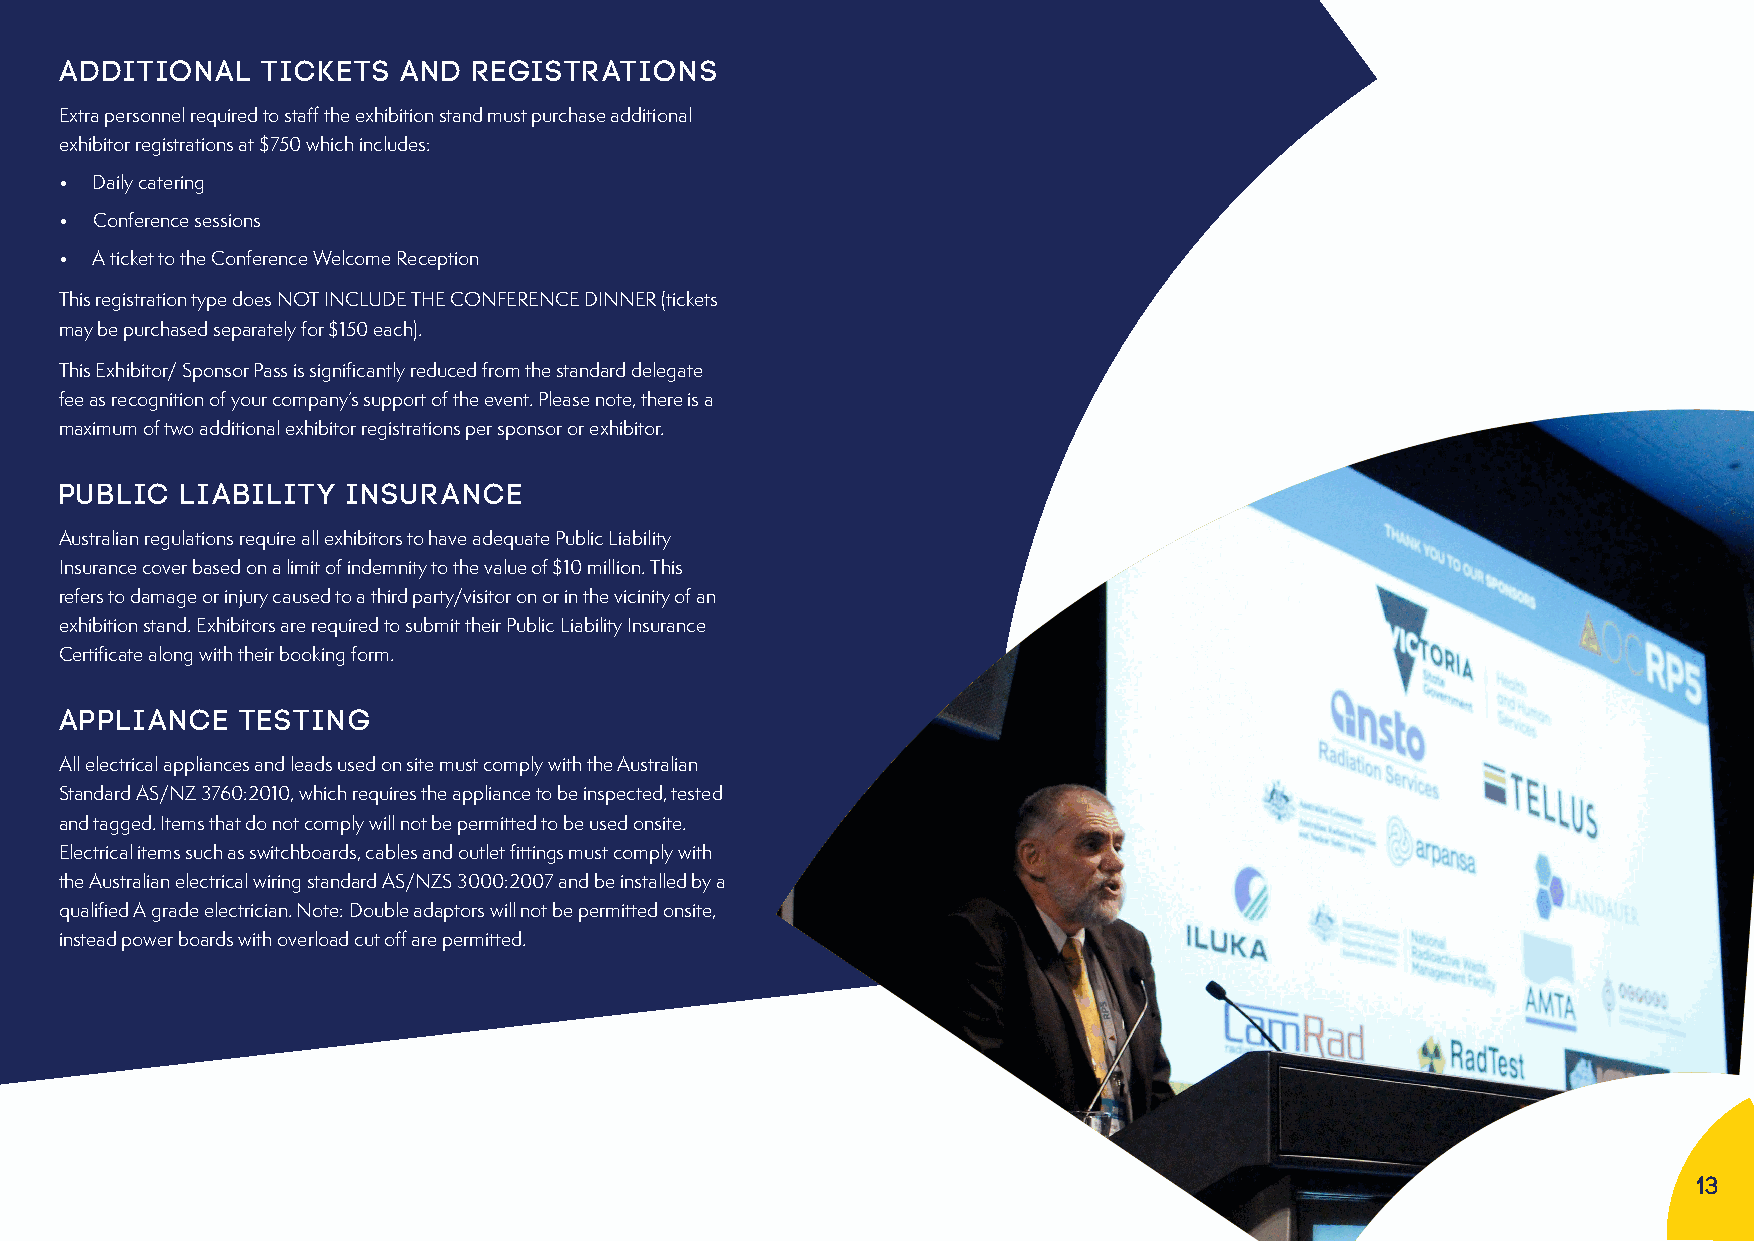
ADDITIONAL   TICKETS   AND REGISTRATIONS
 Extra personnel required to staff the exhibition stand must purchase additional
 exhibitor registrations at $750 which includes:
 • Daily catering
 • Conference sessions
 • A ticket to the Conference Welcome Reception
 This registration type does NOT INCLUDE THE CONFERENCE DINNER (tickets
 may be purchased separately for $150 each).
 This Exhibitor/ Sponsor Pass is significantly reduced from the standard delegate
 fee as recognition of your company’s support of the event. Please note, there is a
 maximum of two additional exhibitor registrations per sponsor or exhibitor.
 PUBLIC  LIABILITY  INSURANCE
 Australian regulations require all exhibitors to have adequate Public Liability
 Insurance cover based on a limit of indemnity to the value of $10 million. This
 refers to damage or injury caused to a third party/visitor on or in the vicinity of an
 exhibition stand. Exhibitors are required to submit their Public Liability Insurance
 Certificate along with their booking form.
 APPLIANCE   TESTING
 All electrical appliances and leads used on site must comply with the Australian
 Standard AS/NZ 3760:2010, which requires the appliance to be inspected, tested
 and tagged. Items that do not comply will not be permitted to be used onsite.
 Electrical items such as switchboards, cables and outlet fittings must comply with
 the Australian electrical wiring standard AS/NZS 3000:2007 and be installed by a
 qualified A grade electrician. Note: Double adaptors will not be permitted onsite,
 instead power boards with overload cut off are permitted.
 13